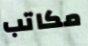
مكاتب